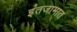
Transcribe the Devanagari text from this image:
इंतजामात